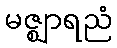
မဇ္ဈာရညံ